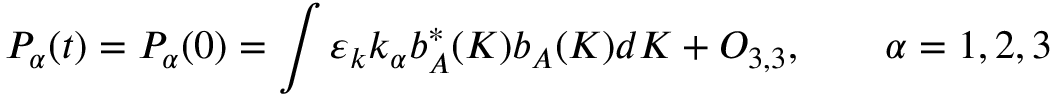
P _ { \alpha } ( t ) = P _ { \alpha } ( 0 ) = \int \varepsilon _ { k } k _ { \alpha } b _ { A } ^ { \ast } ( K ) b _ { A } ( K ) d K + O _ { 3 , 3 } , \qquad \alpha = 1 , 2 , 3